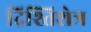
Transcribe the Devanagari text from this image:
द्रिश्तिशेत्र